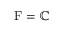
\operatorname { F } = \mathbb { C }